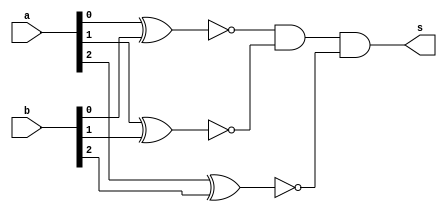
// ------------------------- 
// Exemplo0023 - COMPARADOR
// Nome: Oswaldo Oliveira Paulino
// ------------------------- 

// -------------------------
//  comparador
// -------------------------
module Comparador (output s, input  [2:0]a, input  [2:0]b);
	wire [2:0]xn;
	
	xnor XNOR1 (xn[0], a[0], b[0]);
	xnor XNOR2 (xn[1], a[1], b[1]);
	xnor XNOR3 (xn[2], a[2], b[2]);
	and  (s, xn[0], xn[1], xn[2]);
endmodule // Comparador

module test_Comparador;
// ------------------------- definir dados
   reg [2:0]x;
	reg [2:0]y;
	wire s;
	
	Comparador igualdade (s, x, y);
	
	initial begin: start
		x = 3'b000; 
		y = 3'b001;
	end
	
// ------------------------- parte principal
   initial begin
      $display("Exemplo0023 - Oswaldo Oliveira Paulino - 382175");
      $display("Test ALU's comparador");
		$display(" a   b  = s");
      $monitor("%b %b = %b",x,y,s); 
		#1 x = 3'b001; y = 3'b010; 
		#1 x = 3'b001; y = 3'b001; 
		#1 x = 3'b101; y = 3'b110; 
		#1 x = 3'b011; y = 3'b011;
		#1 x = 3'b100; y = 3'b100; 
		#1 x = 3'b111; y = 3'b000; 
		#1 x = 3'b111; y = 3'b111; 
   end
endmodule // test_Comparador
/*
    Exemplo0023 - Oswaldo Oliveira Paulino - 382175
    Test ALU's comparador
     a   b  = s
    000 001 = 0
    001 010 = 0
    001 001 = 1
    101 110 = 0
    011 011 = 1
    100 100 = 1
    111 000 = 0
    111 111 = 1
*/